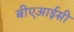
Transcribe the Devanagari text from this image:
बीएआईसी